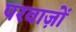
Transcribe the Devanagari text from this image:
परवाज़ों